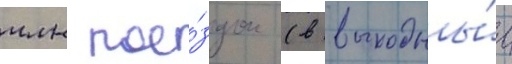
млн пое́здок (в выходны́е